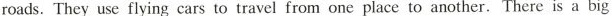
roads.They use flying cars to travel from one place to another. There is a big